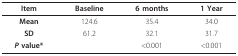
| Item | Baseline | 6 months | 1 Year |
 | --- | --- | --- | --- |
 | Mean | 124.6 | 35.4 | 34.0 |
 | SD | 61.2 | 32.1 | 31.7 |
 | P value* |  | <0.001 | <0.001 |